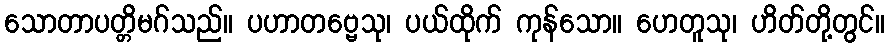
သောတာပတ္တိမဂ်သည်။ ပဟာတဗ္ဗေသု၊ ပယ်ထိုက် ကုန်သော။ ဟေတူသု၊ ဟိတ်တို့တွင်။